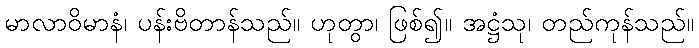
မာလာဝိမာနံ၊ ပန်းဗိတာန်သည်။ ဟုတွာ၊ ဖြစ်၍။ အဋ္ဌံသု၊ တည်ကုန်သည်။